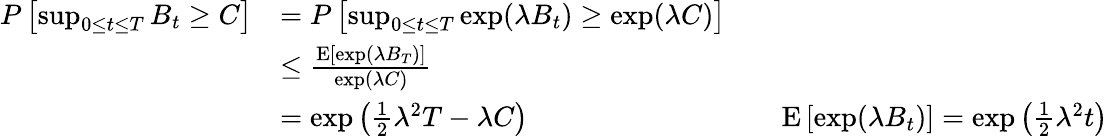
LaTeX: {\begin{array}{rlrl}{P\left[\operatorname*{sup}_{0\leq t\leq T}B_{t}\geq C\right]}&{=P\left[\operatorname*{sup}_{0\leq t\leq T}\exp(\lambda B_{t})\geq\exp(\lambda C)\right]}\\ &{\leq{\frac{\operatorname{E}[\exp(\lambda B_{T})]}{\exp(\lambda C)}}}\\ &{=\exp\left({\frac{1}{2}}\lambda^{2}T-\lambda C\right)}&&{\operatorname{E}\left[\exp(\lambda B_{t})\right]=\exp\left({\frac{1}{2}}\lambda^{2}t\right)}\end{array}}